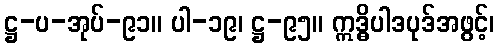
ဋ္ဌ-ပ-အုပ်-၉၁။ ပါ-၁၉၊ ဋ္ဌ-၉၅။ ဣဒ္ဓိပါဒပုဒ်အဖွင့်၊